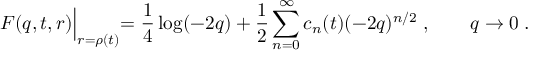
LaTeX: F ( q , t , r ) \Bigl | _ { r = \rho ( t ) } = \frac { 1 } { 4 } \log ( - 2 q ) + \frac { 1 } { 2 } \sum _ { n = 0 } ^ { \infty } c _ { n } ( t ) ( - 2 q ) ^ { n / 2 } \; , \qquad q \to 0 \; .